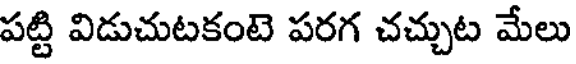
పట్టి విడుచుటకంటె పరగ చచ్చుట మేలు